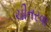
ચીતરવા